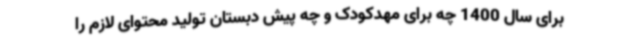
برای سال 1400 چه برای مهدکودک و چه پیش دبستان تولید محتوای لازم را